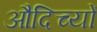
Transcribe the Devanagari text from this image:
औदिच्यों